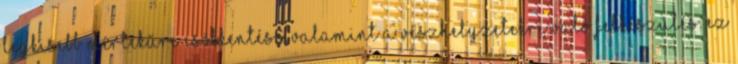
legkisebb mértékűre csökkentése, valamint a vészhelyzetekre való felkészülés. Ez